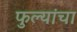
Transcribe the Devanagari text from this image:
फुल्यांचा